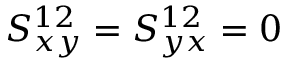
S _ { x y } ^ { 1 2 } = S _ { y x } ^ { 1 2 } = 0